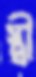
স্ত্রী